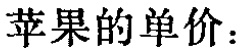
苹果的单价：